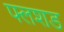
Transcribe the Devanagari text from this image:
फ्लशड